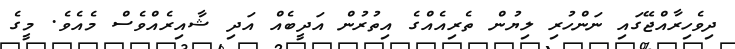
ދިވެހިރާއްޖޭގައި ނަންހުރި ލިޔުން ތެރިއެއްގެ އިތުރުން އަދީބެއް އަދި ޝާއިރެއްވެސް މެއެވެ. މީގެ